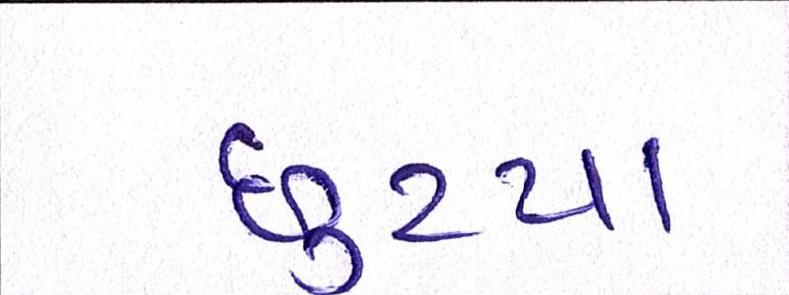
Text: છુટયા